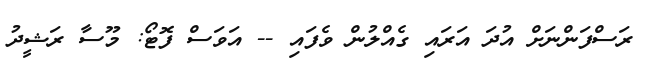
ރަސްފަންނަށް އުދަ އަރައި ގެއްލުން ވެފައި -- އަވަސް ފޮޓޯ: މޫސާ ރަޝީދު